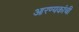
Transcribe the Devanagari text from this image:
आरण्यकांची